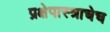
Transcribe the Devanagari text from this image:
प्रक्षेपास्त्राचेच